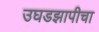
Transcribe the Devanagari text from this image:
उघडझापीचा